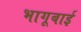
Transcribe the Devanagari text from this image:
भागूबाई